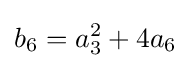
b_{6}=a_{3}^{2}+4a_{6}